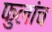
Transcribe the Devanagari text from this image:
फुलांच